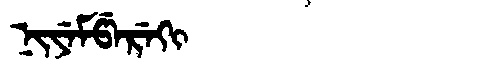
Manchu: ᠨᡳᠶᡝᠮᡦᡝᡵᡝᡴᡳ
Romanization: NIYEMPEREKI